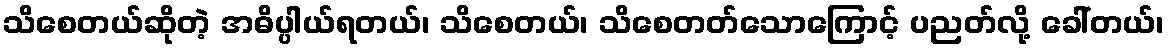
သိစေတယ်ဆိုတဲ့ အဓိပ္ပါယ်ရတယ်၊ သိစေတယ်၊ သိစေတတ်သောကြောင့် ပညတ်လို့ ခေါ်တယ်၊